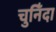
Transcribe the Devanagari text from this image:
चुनिँदा